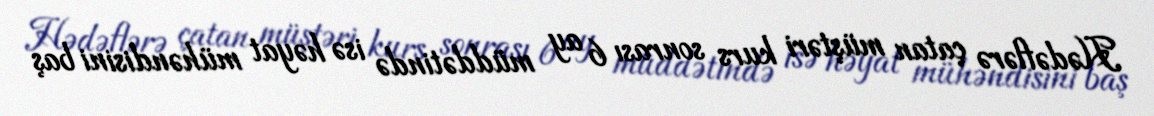
Hədəflərə çatan müştəri kurs sonrası 6 ay müddətində isə həyat mühəndisini baş